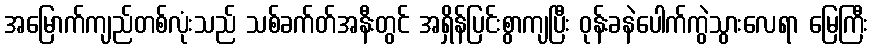
အမြောက်ကျည်တစ်လုံးသည် သစ်ခက်တ်အနီးတွင် အရှိန်ပြင်းစွာကျပြီး ဝုန်းခနဲပေါက်ကွဲသွားလေရာ မြေကြီး